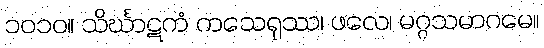
၁၀၁၀။ သိင်္ဃာဋကံ ကသေရုဿ၊ ဖလေ၊ မဂ္ဂသမာဂမေ။